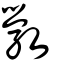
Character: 斅